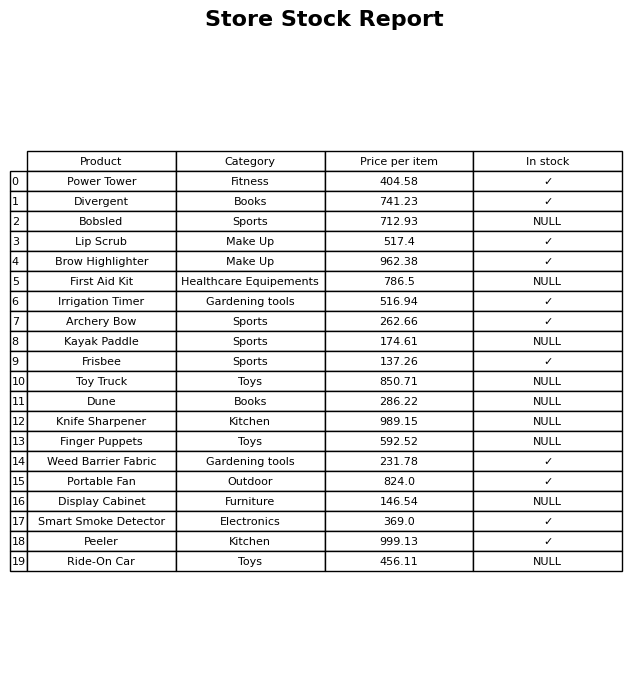
question: What is the price for Portable Fan?
answer: The price of Portable Fan is 824.0.